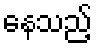
နေသည့်